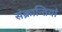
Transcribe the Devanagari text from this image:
संक्रान्तियां